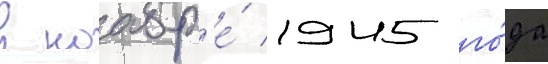
в ноабр'е́ 1945 го́да